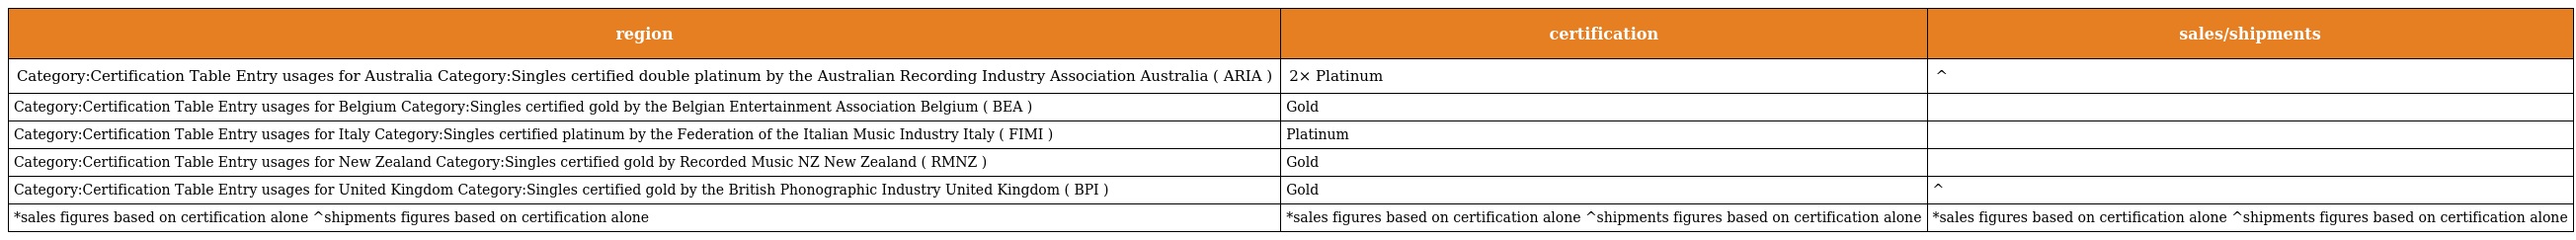
| region | certification | sales/shipments |
 | --- | --- | --- |
 | Category:Certification Table Entry usages for Australia Category:Singles certified double platinum by the Australian Recording Industry Association Australia ( ARIA ) | 2× Platinum | ^ |
 | Category:Certification Table Entry usages for Belgium Category:Singles certified gold by the Belgian Entertainment Association Belgium ( BEA ) | Gold |  |
 | Category:Certification Table Entry usages for Italy Category:Singles certified platinum by the Federation of the Italian Music Industry Italy ( FIMI ) | Platinum |  |
 | Category:Certification Table Entry usages for New Zealand Category:Singles certified gold by Recorded Music NZ New Zealand ( RMNZ ) | Gold |  |
 | Category:Certification Table Entry usages for United Kingdom Category:Singles certified gold by the British Phonographic Industry United Kingdom ( BPI ) | Gold | ^ |
 | *sales figures based on certification alone ^shipments figures based on certification alone | *sales figures based on certification alone ^shipments figures based on certification alone | *sales figures based on certification alone ^shipments figures based on certification alone |